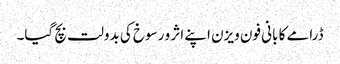
ڈرامے کا بانی فون ویزن اپنے اثر و رسوخ کی بدولت بچ گیا۔